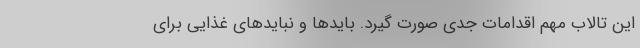
این تالاب مهم اقدامات جدی صورت گیرد. بایدها و نبایدهای غذایی برای